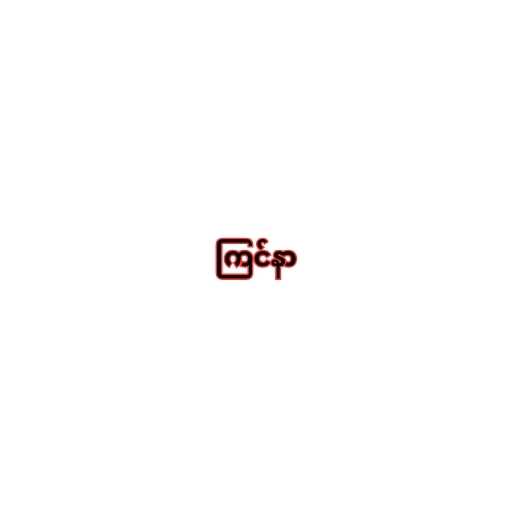
ကြင်နာ